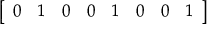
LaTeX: \left[ \begin{array} { l l l l l l l l } { 0 } & { 1 } & { 0 } & { 0 } & { 1 } & { 0 } & { 0 } & { 1 } \end{array} \right]